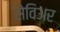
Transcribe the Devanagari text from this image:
सेविअर